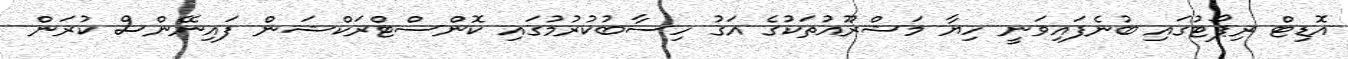
އޮޑިޓް ރިޕޯޓުގައި ބުނެފައިވަނީ ހިޔާ މަޝްރޫއުތަކުގެ އަގު ހިސާބުކުރުމުގައި ކޮންސްޓްރަކްޝަން ފައިނޭންސް ކުރަން